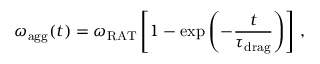
\omega _ { \mathrm { a g g } } ( t ) = \omega _ { \mathrm { R A T } } \left[ 1 - \exp \left( - \frac { t } { \tau _ { \mathrm { d r a g } } } \right) \right] \, ,